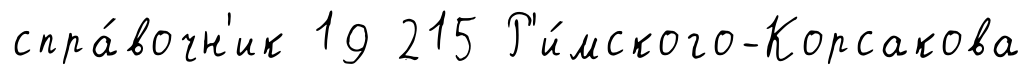
спра́вочн'ик 19 215 Р'и́мского-Корсакова